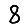
Digit: 8